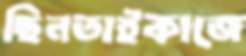
ছিনতাইকাজে